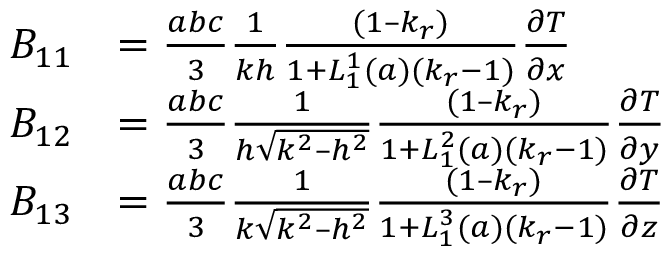
\begin{array} { r l } { B _ { 1 1 } } & { = \frac { a b c } { 3 } \frac { 1 } { k h } \frac { ( 1 – k _ { r } ) } { 1 + L _ { 1 } ^ { 1 } ( a ) ( k _ { r } - 1 ) } \frac { \partial T } { \partial x } } \\ { B _ { 1 2 } } & { = \frac { a b c } { 3 } \frac { 1 } { h \sqrt { k ^ { 2 } – h ^ { 2 } } } \frac { ( 1 – k _ { r } ) } { 1 + L _ { 1 } ^ { 2 } ( a ) ( k _ { r } - 1 ) } \frac { \partial T } { \partial y } } \\ { B _ { 1 3 } } & { = \frac { a b c } { 3 } \frac { 1 } { k \sqrt { k ^ { 2 } – h ^ { 2 } } } \frac { ( 1 – k _ { r } ) } { 1 + L _ { 1 } ^ { 3 } ( a ) ( k _ { r } - 1 ) } \frac { \partial T } { \partial z } } \end{array}